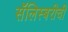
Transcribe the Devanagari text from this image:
सॅलिस्बरीची